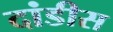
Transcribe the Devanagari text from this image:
दांडीस